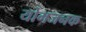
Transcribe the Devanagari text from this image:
योगजनक